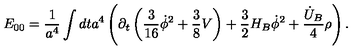
E _ { 0 0 } = \frac { 1 } { a ^ { 4 } } \int d t a ^ { 4 } \left( \partial _ { t } \left( \frac { 3 } { 1 6 } \dot { \phi } ^ { 2 } + \frac { 3 } { 8 } V \right) + \frac { 3 } { 2 } H _ { B } \dot { \phi } ^ { 2 } + \frac { \dot { U } _ { B } } { 4 } \rho \right) .